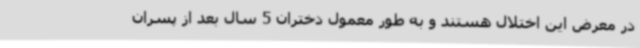
در معرض این اختلال هستند و به طور معمول دختران 5 سال بعد از پسران